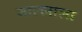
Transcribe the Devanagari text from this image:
जालनाला